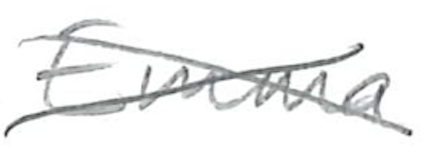
Text: Emma
Cross-out: cross
Writing tool: pencil